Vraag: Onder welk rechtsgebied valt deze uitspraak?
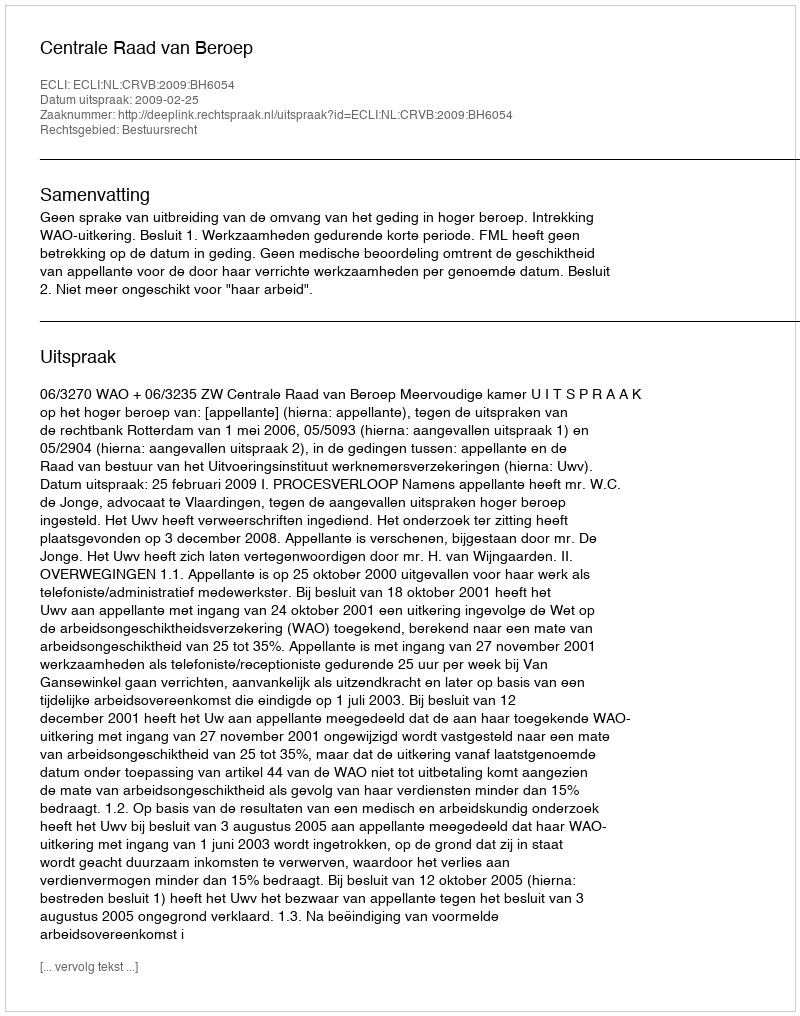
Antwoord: Bestuursrecht